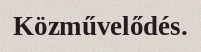
Közművelődés.